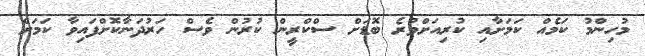
މުހިންމު ކަމެއް ކަމަށާއި ކުރިއަށްވުރެ ބޮޑަށް ސްކްރީން ކުރުން ވެސް ހަރުދަނާކޮށްފައިވާ ކަމަށް